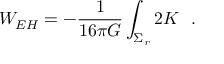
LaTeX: W _ { E H } = - { \frac { 1 } { 1 6 \pi G } } \int _ { \Sigma _ { r } } 2 K ~ ~ .